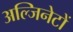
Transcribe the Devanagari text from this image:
अल्जिनेटों